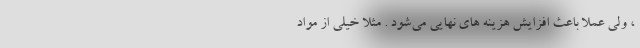
، ولی عملا باعث افزایش هزینه های نهایی می‌شود . مثلا خیلی از مواد